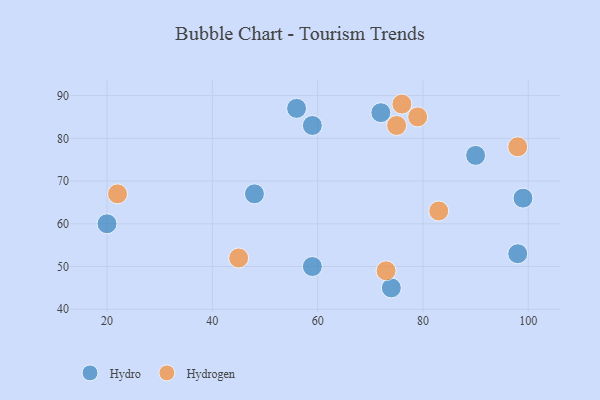
{"axis": {"x": "GDP", "y": "Life Expectancy"}, "legend": ["Hydro", "Hydrogen"], "data": [{"x": "90", "y": 76, "type": "Hydro"}, {"x": "59", "y": 83, "type": "Hydro"}, {"x": "72", "y": 86, "type": "Hydro"}, {"x": "59", "y": 50, "type": "Hydro"}, {"x": "99", "y": 66, "type": "Hydro"}, {"x": "48", "y": 67, "type": "Hydro"}, {"x": "98", "y": 53, "type": "Hydro"}, {"x": "20", "y": 60, "type": "Hydro"}, {"x": "56", "y": 87, "type": "Hydro"}, {"x": "74", "y": 45, "type": "Hydro"}, {"x": "83", "y": 63, "type": "Hydrogen"}, {"x": "22", "y": 67, "type": "Hydrogen"}, {"x": "79", "y": 85, "type": "Hydrogen"}, {"x": "76", "y": 88, "type": "Hydrogen"}, {"x": "98", "y": 78, "type": "Hydrogen"}, {"x": "45", "y": 52, "type": "Hydrogen"}, {"x": "73", "y": 49, "type": "Hydrogen"}, {"x": "75", "y": 83, "type": "Hydrogen"}]}